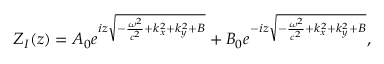
Z _ { I } ( z ) = A _ { 0 } e ^ { i z \sqrt { - \frac { \omega ^ { 2 } } { c ^ { 2 } } + k _ { x } ^ { 2 } + k _ { y } ^ { 2 } + B } } + B _ { 0 } e ^ { - i z \sqrt { - \frac { \omega ^ { 2 } } { c ^ { 2 } } + k _ { x } ^ { 2 } + k _ { y } ^ { 2 } + B } } ,